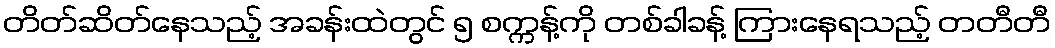
တိတ်ဆိတ်နေသည့် အခန်းထဲတွင် ၅ စက္ကန့်ကို တစ်ခါခန့် ကြားနေရသည့် တတီတီ